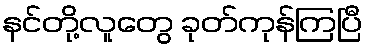
နင်တို့လူတွေ ခုတ်ကုန်ကြပြီ